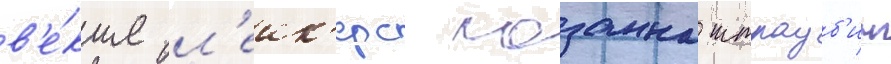
в'е́кше л'еик'ерс лозанна штрауб'инг